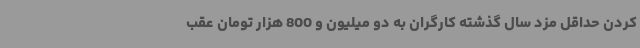
کردن حداقل مزد سال گذشته کارگران به دو میلیون و 800 هزار تومان عقب